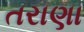
તરાણા